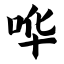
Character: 哗